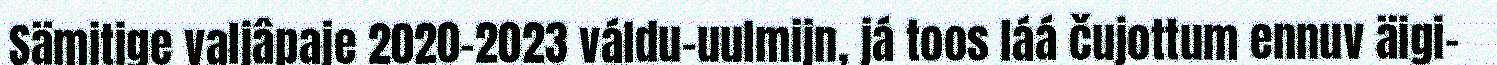
Sämitige valjâpaje 2020–2023 váldu-uulmijn, já toos láá čujottum ennuv äigi-